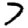
Digit: 7